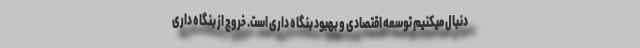
دنبال میکنیم توسعه اقتصادی و بهبود بنگاه داری است. خروج از بنگاه داری